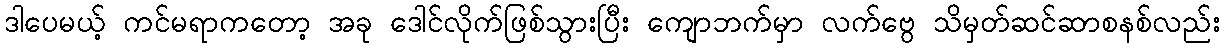
ဒါပေမယ့် ကင်မရာကတော့ အခု ဒေါင်လိုက်ဖြစ်သွားပြီး ကျောဘက်မှာ လက်ဗွေ သိမှတ်ဆင်ဆာစနစ်လည်း